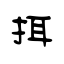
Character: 挕